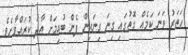
ހަތަރު ވަނަ ކަމެއް ގޮތުގައި ގިނަ ގިނައިން ފެން ބުއިމަށް އާދަ ކުރައްވާށެެވެ.